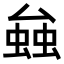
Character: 𧌦